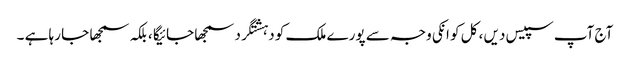
آج آپ سپیس دیں ، کل کو انکی وجہ سے پورے ملک کو دہشتگرد سمجھا جائیگا ، بلکہ سمجھا جا رہا ہے ۔